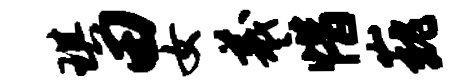
琪田女羲惜巍